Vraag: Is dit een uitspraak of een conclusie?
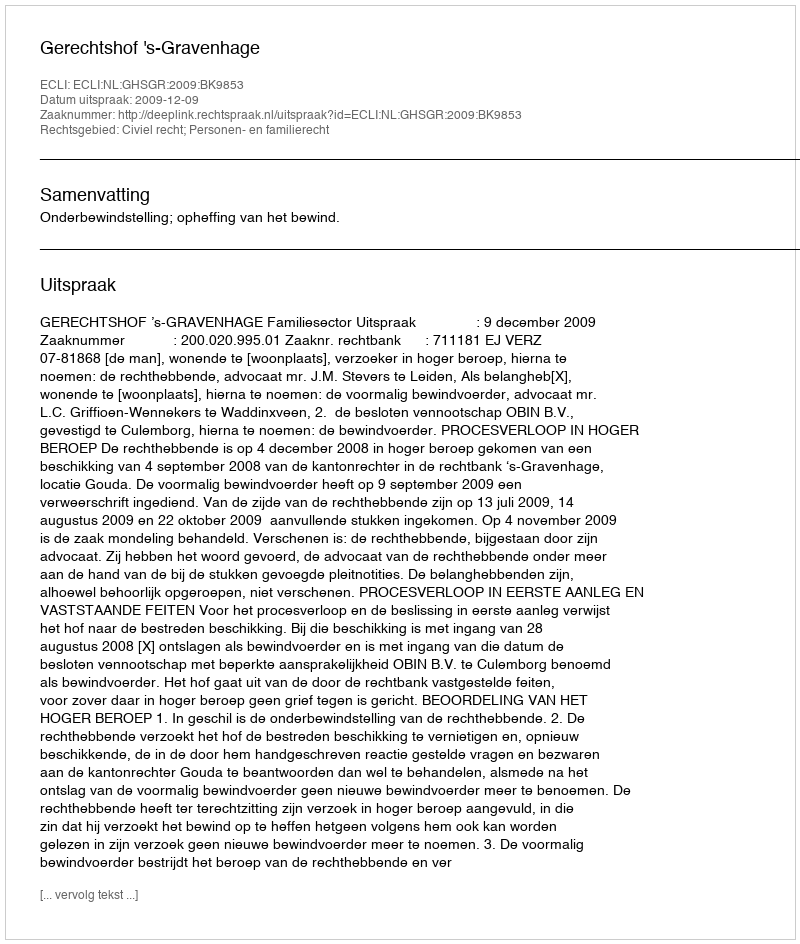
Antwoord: Uitspraak